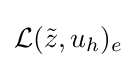
{\mathcal {L}}({\tilde {z}},u_{h})_{e}